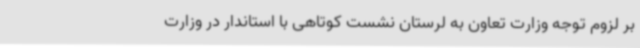
بر لزوم توجه وزارت تعاون به لرستان نشست کوتاهی با استاندار در وزارت